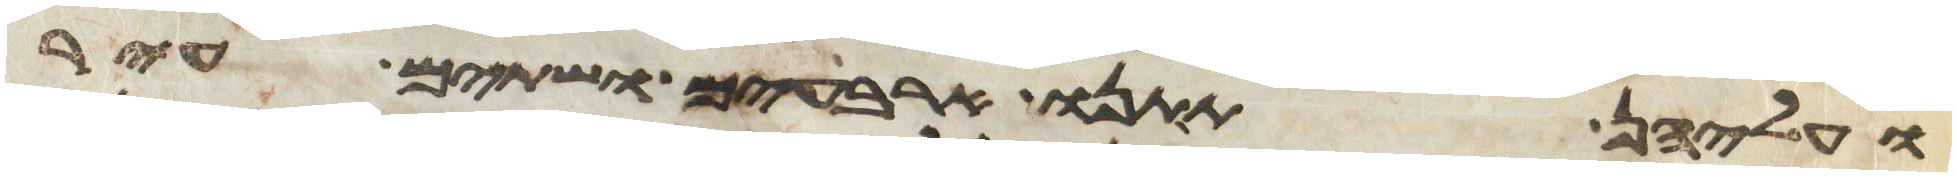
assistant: ועליהן תתנו ארבעים ושתים עיר